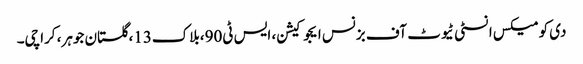
دی کومیکس انسٹی ٹیوٹ آف بزنس ایجوکیشن، ایس ٹی90،بلاک13،گلستان جوہر، کراچی۔